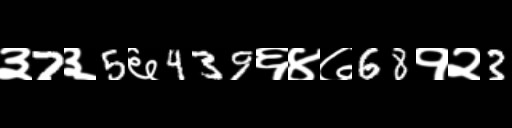
Text: ३7३5६439६४७68१२3